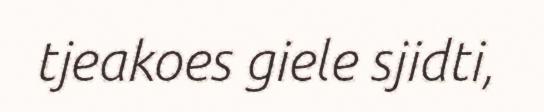
tjeakoes giele sjidti,